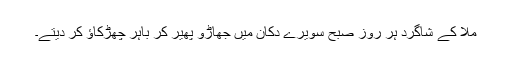
ملاّ کے شاگرد ہر روز صبح سویرے دکان میں جھاڑو پھیر کر باہر چھڑکاﺅ کر دیتے۔